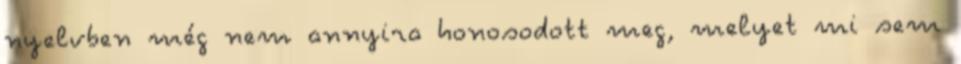
nyelvben még nem annyira honosodott meg, melyet mi sem